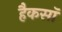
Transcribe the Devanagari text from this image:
हैकसॉ